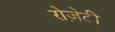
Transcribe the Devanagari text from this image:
रोज़ेटी